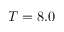
T = 8 . 0